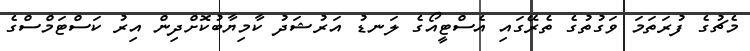
މެޗުގެ ފުރަތަމަ ވަގުތުގެ ތެރޭގައި އެސްޓީއޯގެ ލަނޑު އަރުޝަދު ކާމިޔާބުކޮށްދިން އިރު ކަސްޓަމްސްގެ